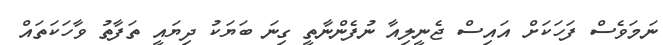
ނަމަވެސް ފަހަކަށް އައިސް ޖެނީލިއާ ނުފެންނާތީ ގިނަ ބަޔަކު ދިޔައީ ތަފާތު ވާހަކަތައް